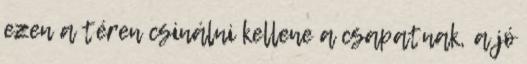
ezen a téren csinálni kellene a csapatnak, a jó